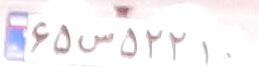
۶۵س۵۲۲۱۰